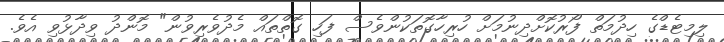
ލިމިޓެޑްގެ ހިދުމަތް ފޯރުކޮށްދިނުމަށް ހުރިހާގޮތަކުންވެސް ފަހި ގޮތްތައް މެދުވެރިވުން" މޮންދު ވިދާޅުވި އެވެ.